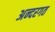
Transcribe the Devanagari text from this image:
अन्दरगत